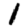
Digit: 1